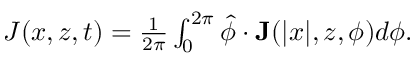
\begin{array} { r } { J ( x , z , t ) = \frac { 1 } { 2 \pi } \int _ { 0 } ^ { 2 \pi } \hat { \phi } \cdot \mathbf { J } ( | x | , z , \phi ) d \phi . } \end{array}